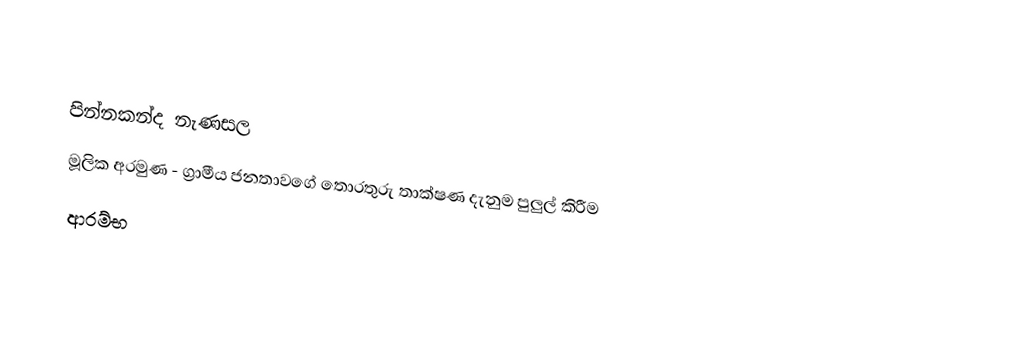

පින්නකන්ද නැණසල
මූලික අරමුණ - ග්‍රාමීය ජනතාවගේ තොරතුරු තාක්ෂණ දැනුම පුලුල් කිරීම
 ආරම්භ